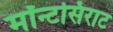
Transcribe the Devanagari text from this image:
मॉन्टसिराट